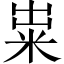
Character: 粜